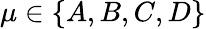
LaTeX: \mu\in\{ A,B,C,D\}